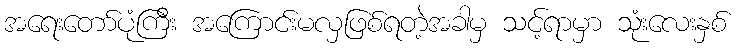
အရေးတော်ပုံကြီး အကြောင်းမလှဖြစ်ရတဲ့အခါမှ သင့်ရာမှာ သုံးလေးနှစ်